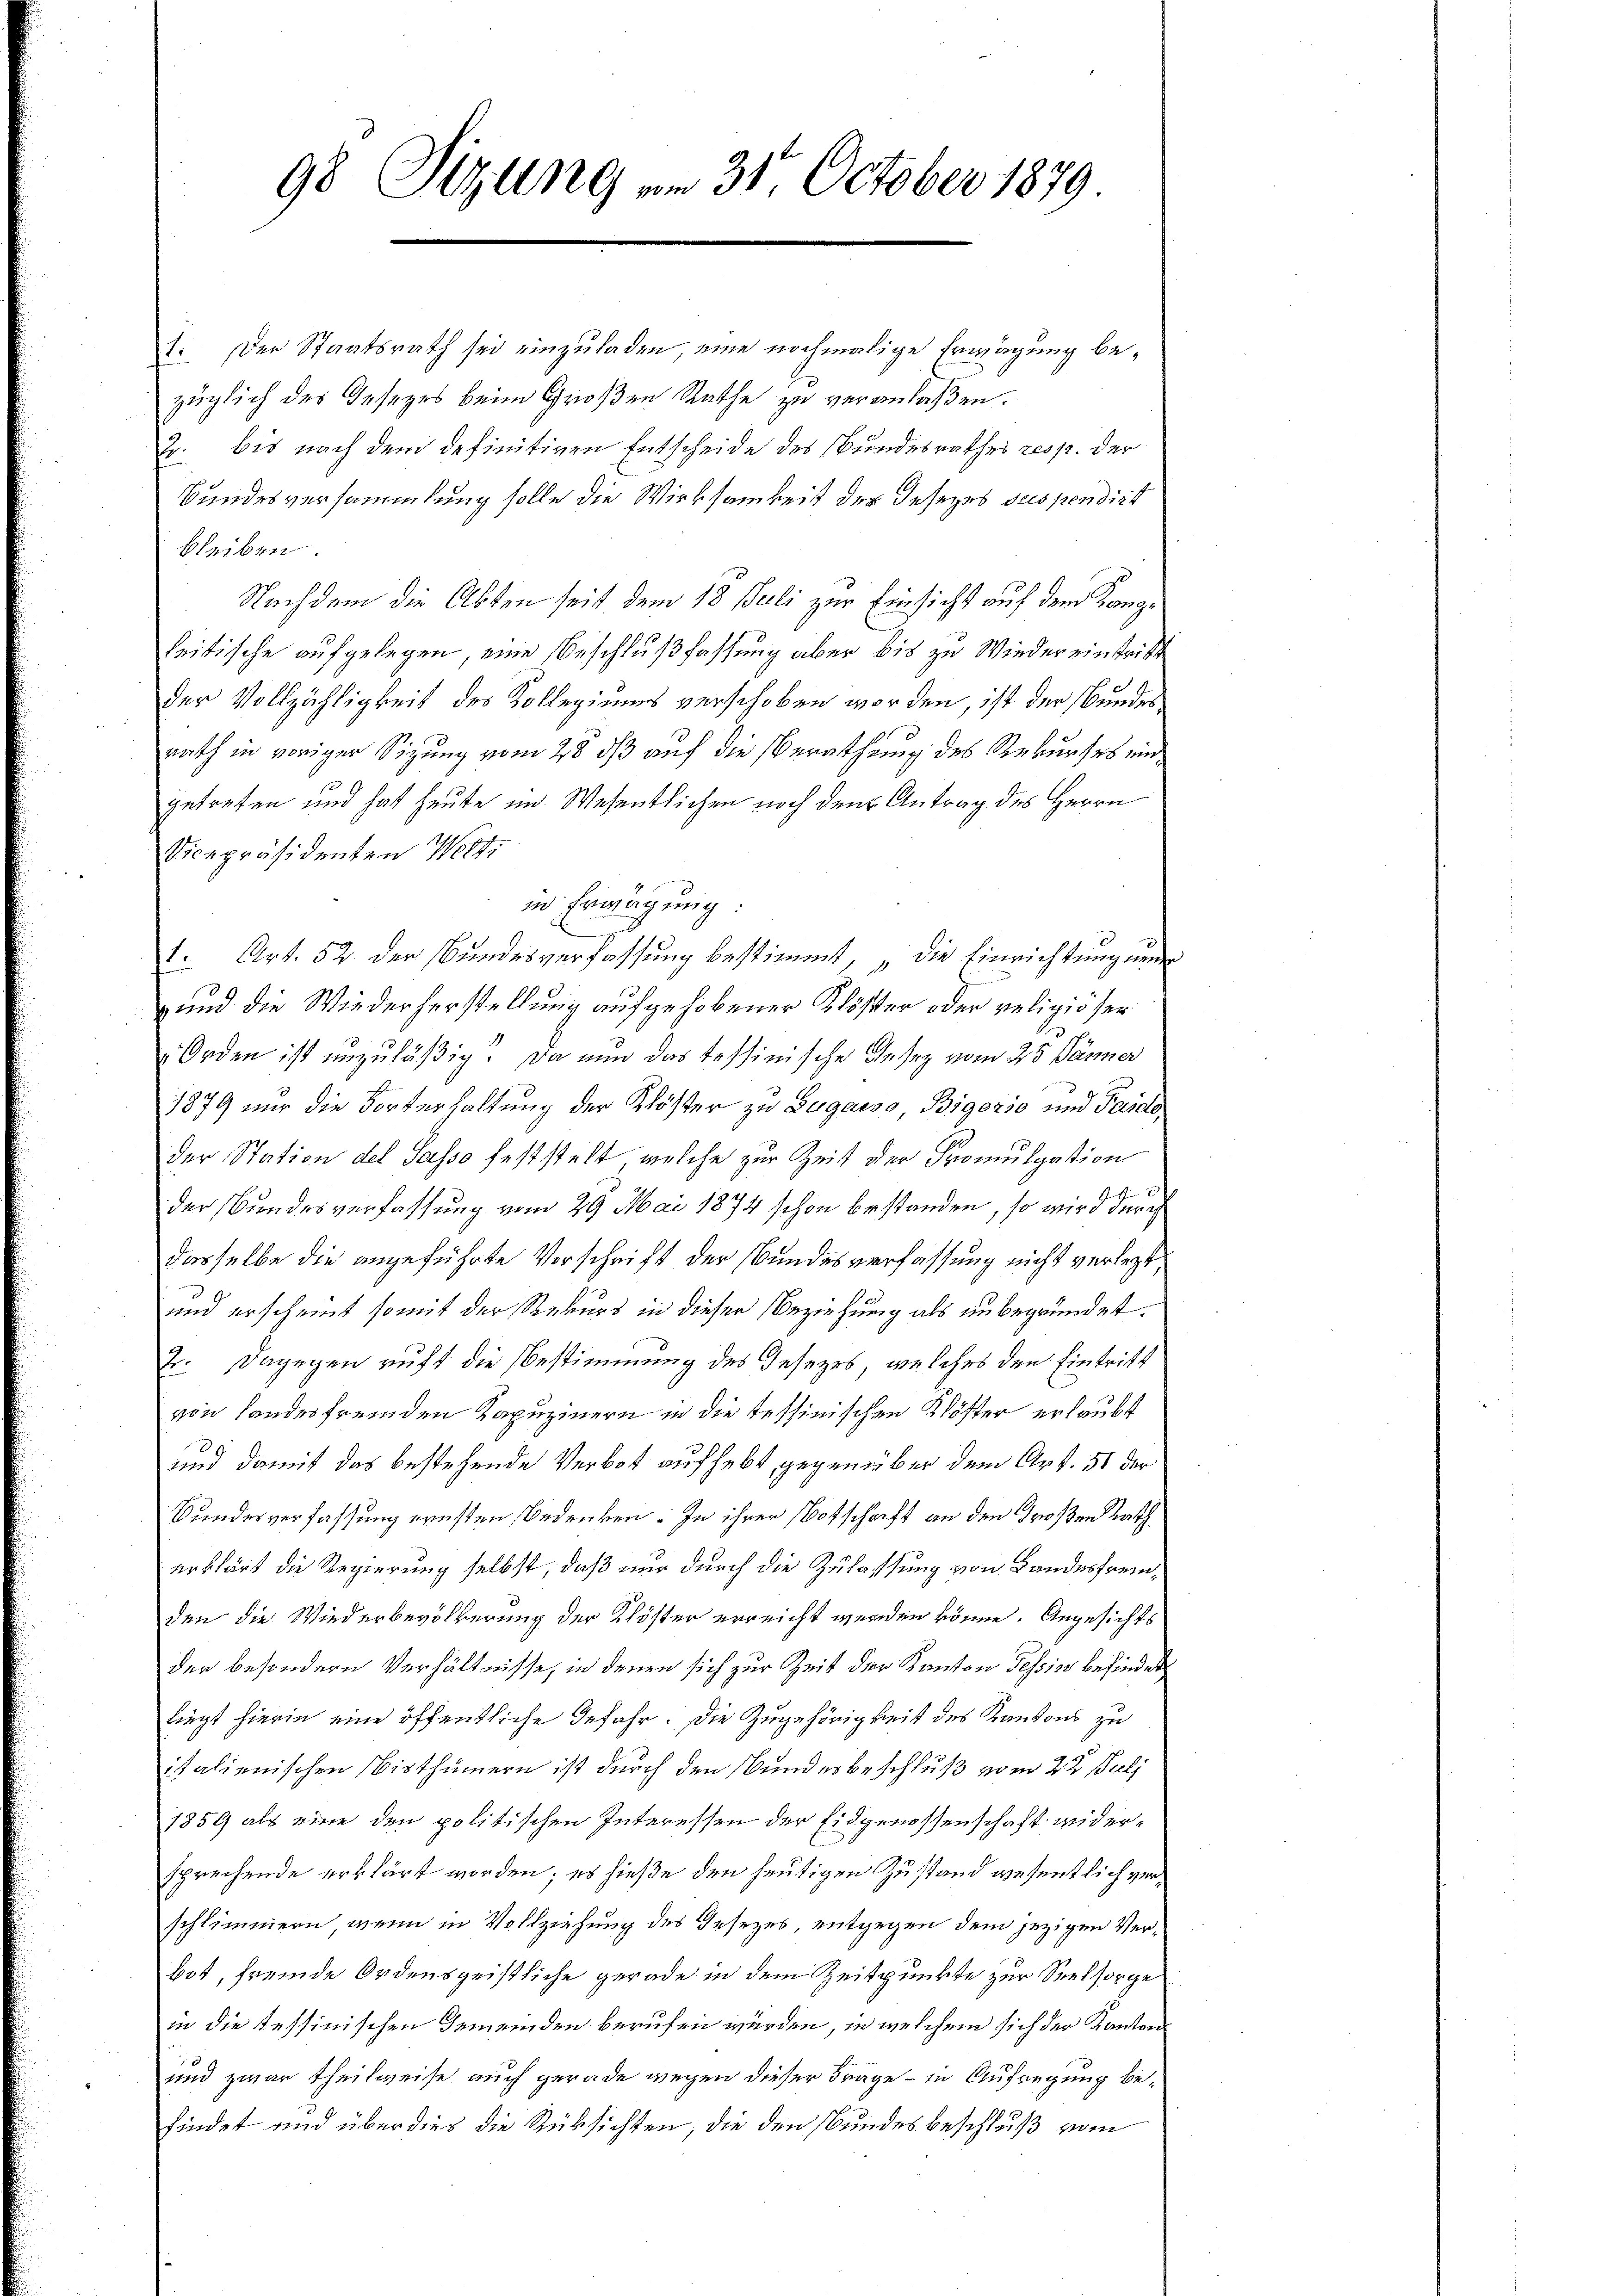
98 Sizung vom 31. October 1879

1. Der Staatsrath sei einzuladen, eine nochmalige Erwägung bezüglich des Gesezes beim Großen Rathe zu veranlaßen.
2. bis nach dem definitiven Entscheide des Bundesrathes resp. der
Bundesversammlung solle die Wirksamkeit der Jesezes suspendirt
bleiben.
Nachdem die Akten seit dem 18. Juli zur Einsicht auf dem Kanzseitische aufgelegen, eine Beschlußfassung aber bis zu Wieder einstritt
der Vollzähligkeit des Kollegiums verschoben worden, ist der Bundesrath in voriger Sizung vom 28 dß auf die Berathung des Rekurses eingetreten und hat heute im Wesentlichen noch den Antrag des Herrn
Sicepräsidenten Welti
in Erwägung:
1. Art. 52 der Bundesverfassung bestimmt, „die Einrichtung nun
 und die Wiederherstellung aufgehobener Klöster oder religiöser
Orden ist unzuläßig. Da nun das Tessinische Gesez vom 25 Jänner
1879 nur die Vorterhaltung der Klöster zu Lugano Bigoris und Faide,
der Station del Sasso feststelt, welche zur Zeit der Promulgation
der Bundesverfassung vom 29. Mai 1874 schon bestanden, so wird der eh
dasselbe die angeführte Vorschrift der Bundesverfassung nicht verlegt
und erscheint somit der Rekurs in dieser Beziehung als unbegründet.
Er. Dagegen ruft die Bestimmung des Gesezes, welches den Eintritt
von Landesfremden Kapuzinern in die tessinischen Klöster erlaubt
und damit das bestehende Verbot aufhebt, gegenüber dem Art. 51 der
Bundesverfassung ernsten Bedenken. In ihrer Botschaft an den Großen Rath
erklärt die Regierung selbst, daß nur durch die Zulassung von Bandesfremden die Wiederbevölkerung der Klöster erreicht werden könne. Angesichts
der besondern Verhältnisse, in denen sich zur Zeit der Kanton Tessin befindet
liegt hierin eine öffentliche Gefahr. Die Zugehörigkeit des Kantons zu
italienischen Wisthümern ist durch den Bundesbeschluß vom 22 Juli
1859 als eine den politischen Interessen der Eidgenossenschaft widersprechende erklärt worden; es hieße den heutigen Zustand wesentlich verschlimmern, wenn in Vollziehung des Gesezes, entgegen dem jezigen Verbot, fremde Ordensgeistliche gerade in dem Zeitpunkte zur Seelsorge
in die tessinischen Gemeinden berufen würden, in welchem sich der Kanton
und zwar theilweise auch gerade wegen dieser Frage – in Aufregung befindet und über dies die Rüksichten; die den Bundes beschluß vom